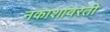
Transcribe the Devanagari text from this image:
नकाशावरती